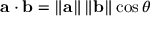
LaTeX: \mathbf { a } \cdot \mathbf { b } = \left\| \mathbf { a } \right\| \left\| \mathbf { b } \right\| \cos \theta